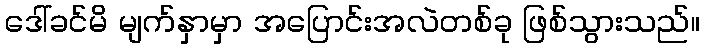
ဒေါ်ခင်မိ မျက်နှာမှာ အပြောင်းအလဲတစ်ခု ဖြစ်သွားသည်။